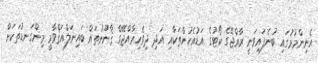
އެނިންމުމުގައި ބުނެފައިވަނީ ރާއްޖޭގެ ކޯޓުގެ އަޑުއެހުންތަކާއި އަދި ދިވެހިރާއްޖޭގެ ޤާނޫނުތައް ބައިނަލްއަޤްވާމީ މިންގަނޑުތަކަށް